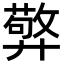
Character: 㢣